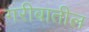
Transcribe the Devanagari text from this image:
गरीबातील